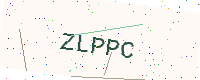
Text: ZLPPC